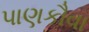
પાણકૌવા